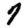
Digit: 7